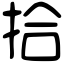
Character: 拾